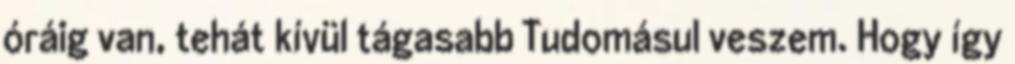
óráig van, tehát kívül tágasabb Tudomásul veszem. Hogy így